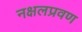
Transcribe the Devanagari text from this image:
नक्षलप्रवण